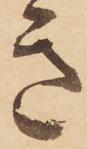
き